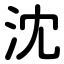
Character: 沈